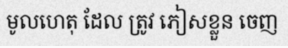
មូលហេតុ ដែល ត្រូវ ភៀសខ្លួន ចេញ